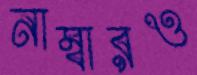
নাম্বারও